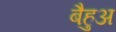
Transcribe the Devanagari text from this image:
बैहुअ